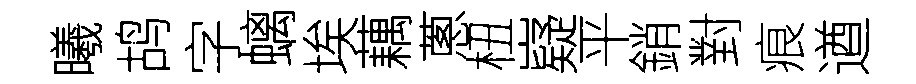
曦鸪字螭埃藕蔥杻嶷平銷對痕遒